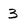
Character: 3